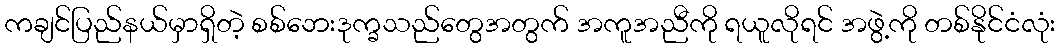
ကချင်ပြည်နယ်မှာရှိတဲ့ စစ်ဘေးဒုက္ခသည်တွေအတွက် အကူအညီကို ရယူလိုရင် အဖွဲ့ကို တစ်နိုင်ငံလုံး